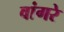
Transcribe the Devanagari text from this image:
वांगरे